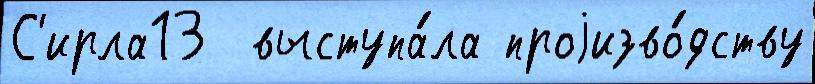
С'ирла13  выступа́ла проjизво́дству